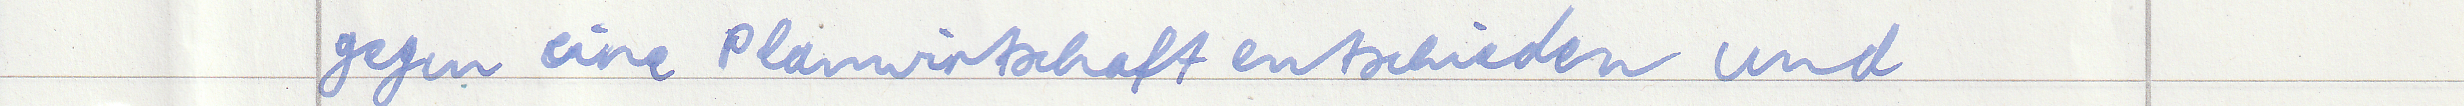
gegen eine Planwirtschaft entschieden und